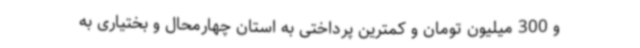
و 300 میلیون تومان و کمترین پرداختی به استان چهارمحال و بختیاری به